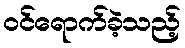
ဝင်ရောက်ခဲ့သည့်